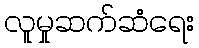
လူမှုဆက်ဆံရေး